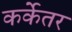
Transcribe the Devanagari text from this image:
कर्केतर